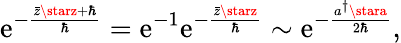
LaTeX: \mathrm{e}^{-\frac{{\bar{{z}}\starz+\hbar}}{{\hbar}}}=\mathrm{e}^{-1}\mathrm{e}^{-\frac{{\bar{{z}}\starz}}{{\hbar}}}\sim\mathrm{e}^{-\frac{{a^{\dagger}\stara}}{{2\hbar}}},